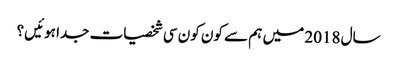
سال 2018 میں ہم سے کون کون سی شخصیات جدا ہوئیں؟